Indian journal of veterinary science and animal husbandry - Volumes 18-21, 1948-1951
Year: 1948
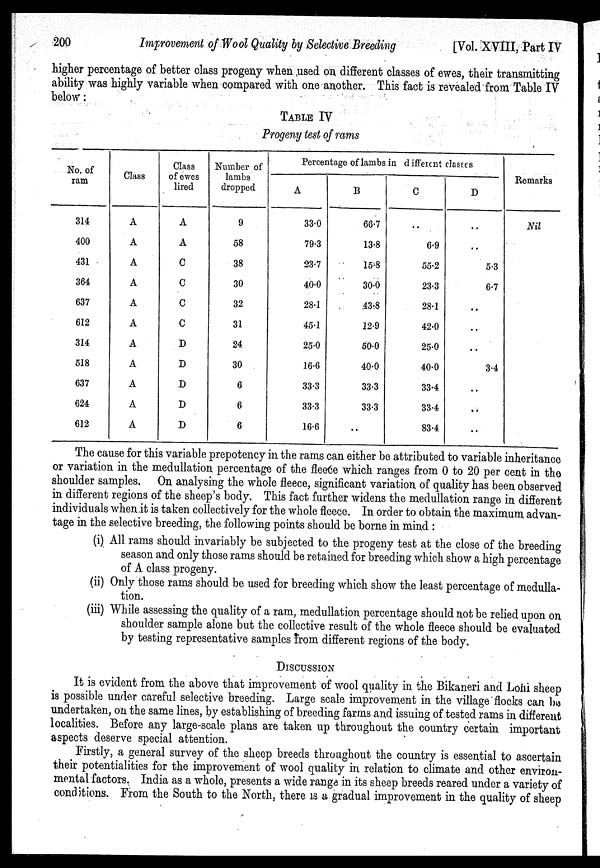
200
Improvement of Wool Quality by Selective Breeding
[Vol. XVIII, Part IV
higher percentage of better class progeny when used on different classes of ewes, their transmitting
ability was highly variable when compared with one another. This fact is revealed from Table IV
below :
TABLE IV
Progeny test of rams
No. of
ram
314
400
431
364
637
612
314
518
637
624
612
Class
A
A
A
A
A
A
A
A
A
A
A
Class
of ewes
lired
A
A
C
C
C
C
D
D
D
D
D
Number of
lambs
dropped
9
58
38
30
32
31
24
30
6
6
6
Percentage of lambs in different classes
A
33.0
79.3
23.7
40.0
28.1
45.1
25.0
16.6
33.3
33.3
16.6
B
66.7
13.8
15.8
30.0
43.8
12.9
50.0
40.0
33.3
33.3
..
C
..
6.9
55.2
23.3
28.1
42.0
25.0
40.0
33.4
33.4
83.4
D
..
..
5.3
6.7
..
..
..
3.4
..
..
Remarks
Nil
The cause for this variable prepotency in the rams can either be attributed to variable inheritance
or variation in the medullation percentage of the fleece which ranges from 0 to 20 per cent in the
shoulder samples. On analysing the whole fleece, significant variation of quality has been observed
in different regions of the sheep's body. This fact further widens the medullation range in different
individuals when it is taken collectively for the whole fleece. In order to obtain the maximum advan-
tage in the selective breeding, the following points should be borne in mind :
(i) All rams should invariably be subjected to the progeny test at the close of the breeding
season and only those rams should be retained for breeding which show a high percentage
of A class progeny.
(ii) Only those rams should be used for breeding which show the least percentage of medulla-
tion.
(iii) While assessing the quality of a ram, medullation percentage should not be relied upon on
shoulder sample alone but the collective result of the whole fleece should be evaluated
by testing representative samples from different regions of the body.
DISCUSSION
It is evident from the above that improvement of wool quality in the Bikaneri and Lohi sheep
is possible under careful selective breeding. Large scale improvement in the village flocks can he
undertaken, on the same lines, by establishing of breeding farms and issuing of tested rams in different
localities. Before any large-scale plans are taken up throughout the country certain important
aspects deserve special attention.
Firstly, a general survey of the sheep breeds throughout the country is essential to ascertain
their potentialities for the improvement of wool quality in relation to climate and other environ-
mental factors. India as a whole, presents a wide range in its sheep breeds reared under a variety of
conditions. From the South to the North, there is a gradual improvement in the quality of sheep